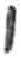
אות: י